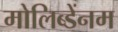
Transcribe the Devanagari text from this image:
मोलिब्डेंनम